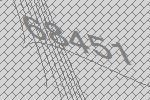
68451